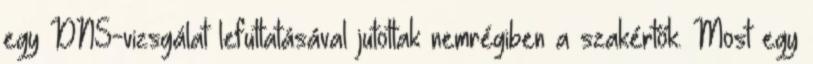
egy DNS-vizsgálat lefuttatásával jutottak nemrégiben a szakértők. Most egy